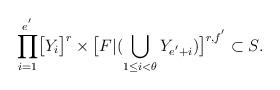
LaTeX: \begin{align*}\displaystyle{\prod_{i=1}^{e^{'}}}\big{[}Y_{i}\big{]}^{r}\times\big{[}F|(\bigcup_{1\leq i<\theta}Y_{e^{'}+i})\big{]}^{r,f^{'}}\subset S.\end{align*}